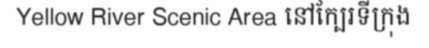
Yellow River Scenic Area នៅក្បែរទីក្រុង